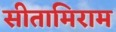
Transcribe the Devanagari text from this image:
सीतामिराम